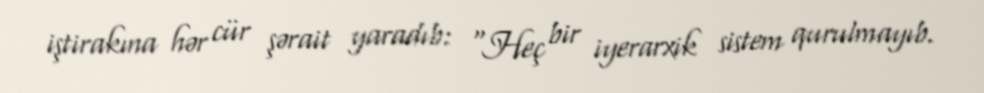
iştirakına hər cür şərait yaradıb: “Heç bir iyerarxik sistem qurulmayıb.